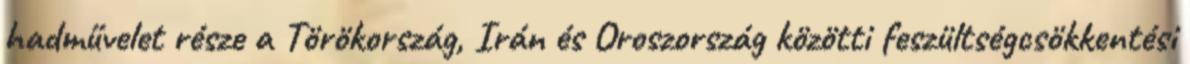
hadművelet része a Törökország, Irán és Oroszország közötti feszültségcsökkentési